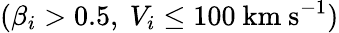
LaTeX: (\beta_{i}>0.5,~V_{i}\leq 100~\mathrm{km}~\mathrm{s}^{-1})